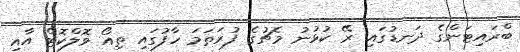
ބްރައިޓަންގެ ދަނޑުގައި ރޭ ކުޅުނު މެޗުގެ ފުރަތަމަ ހާފުގައި ތިއޯ ވޮލްކޮޓް އާއި